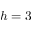
h = 3